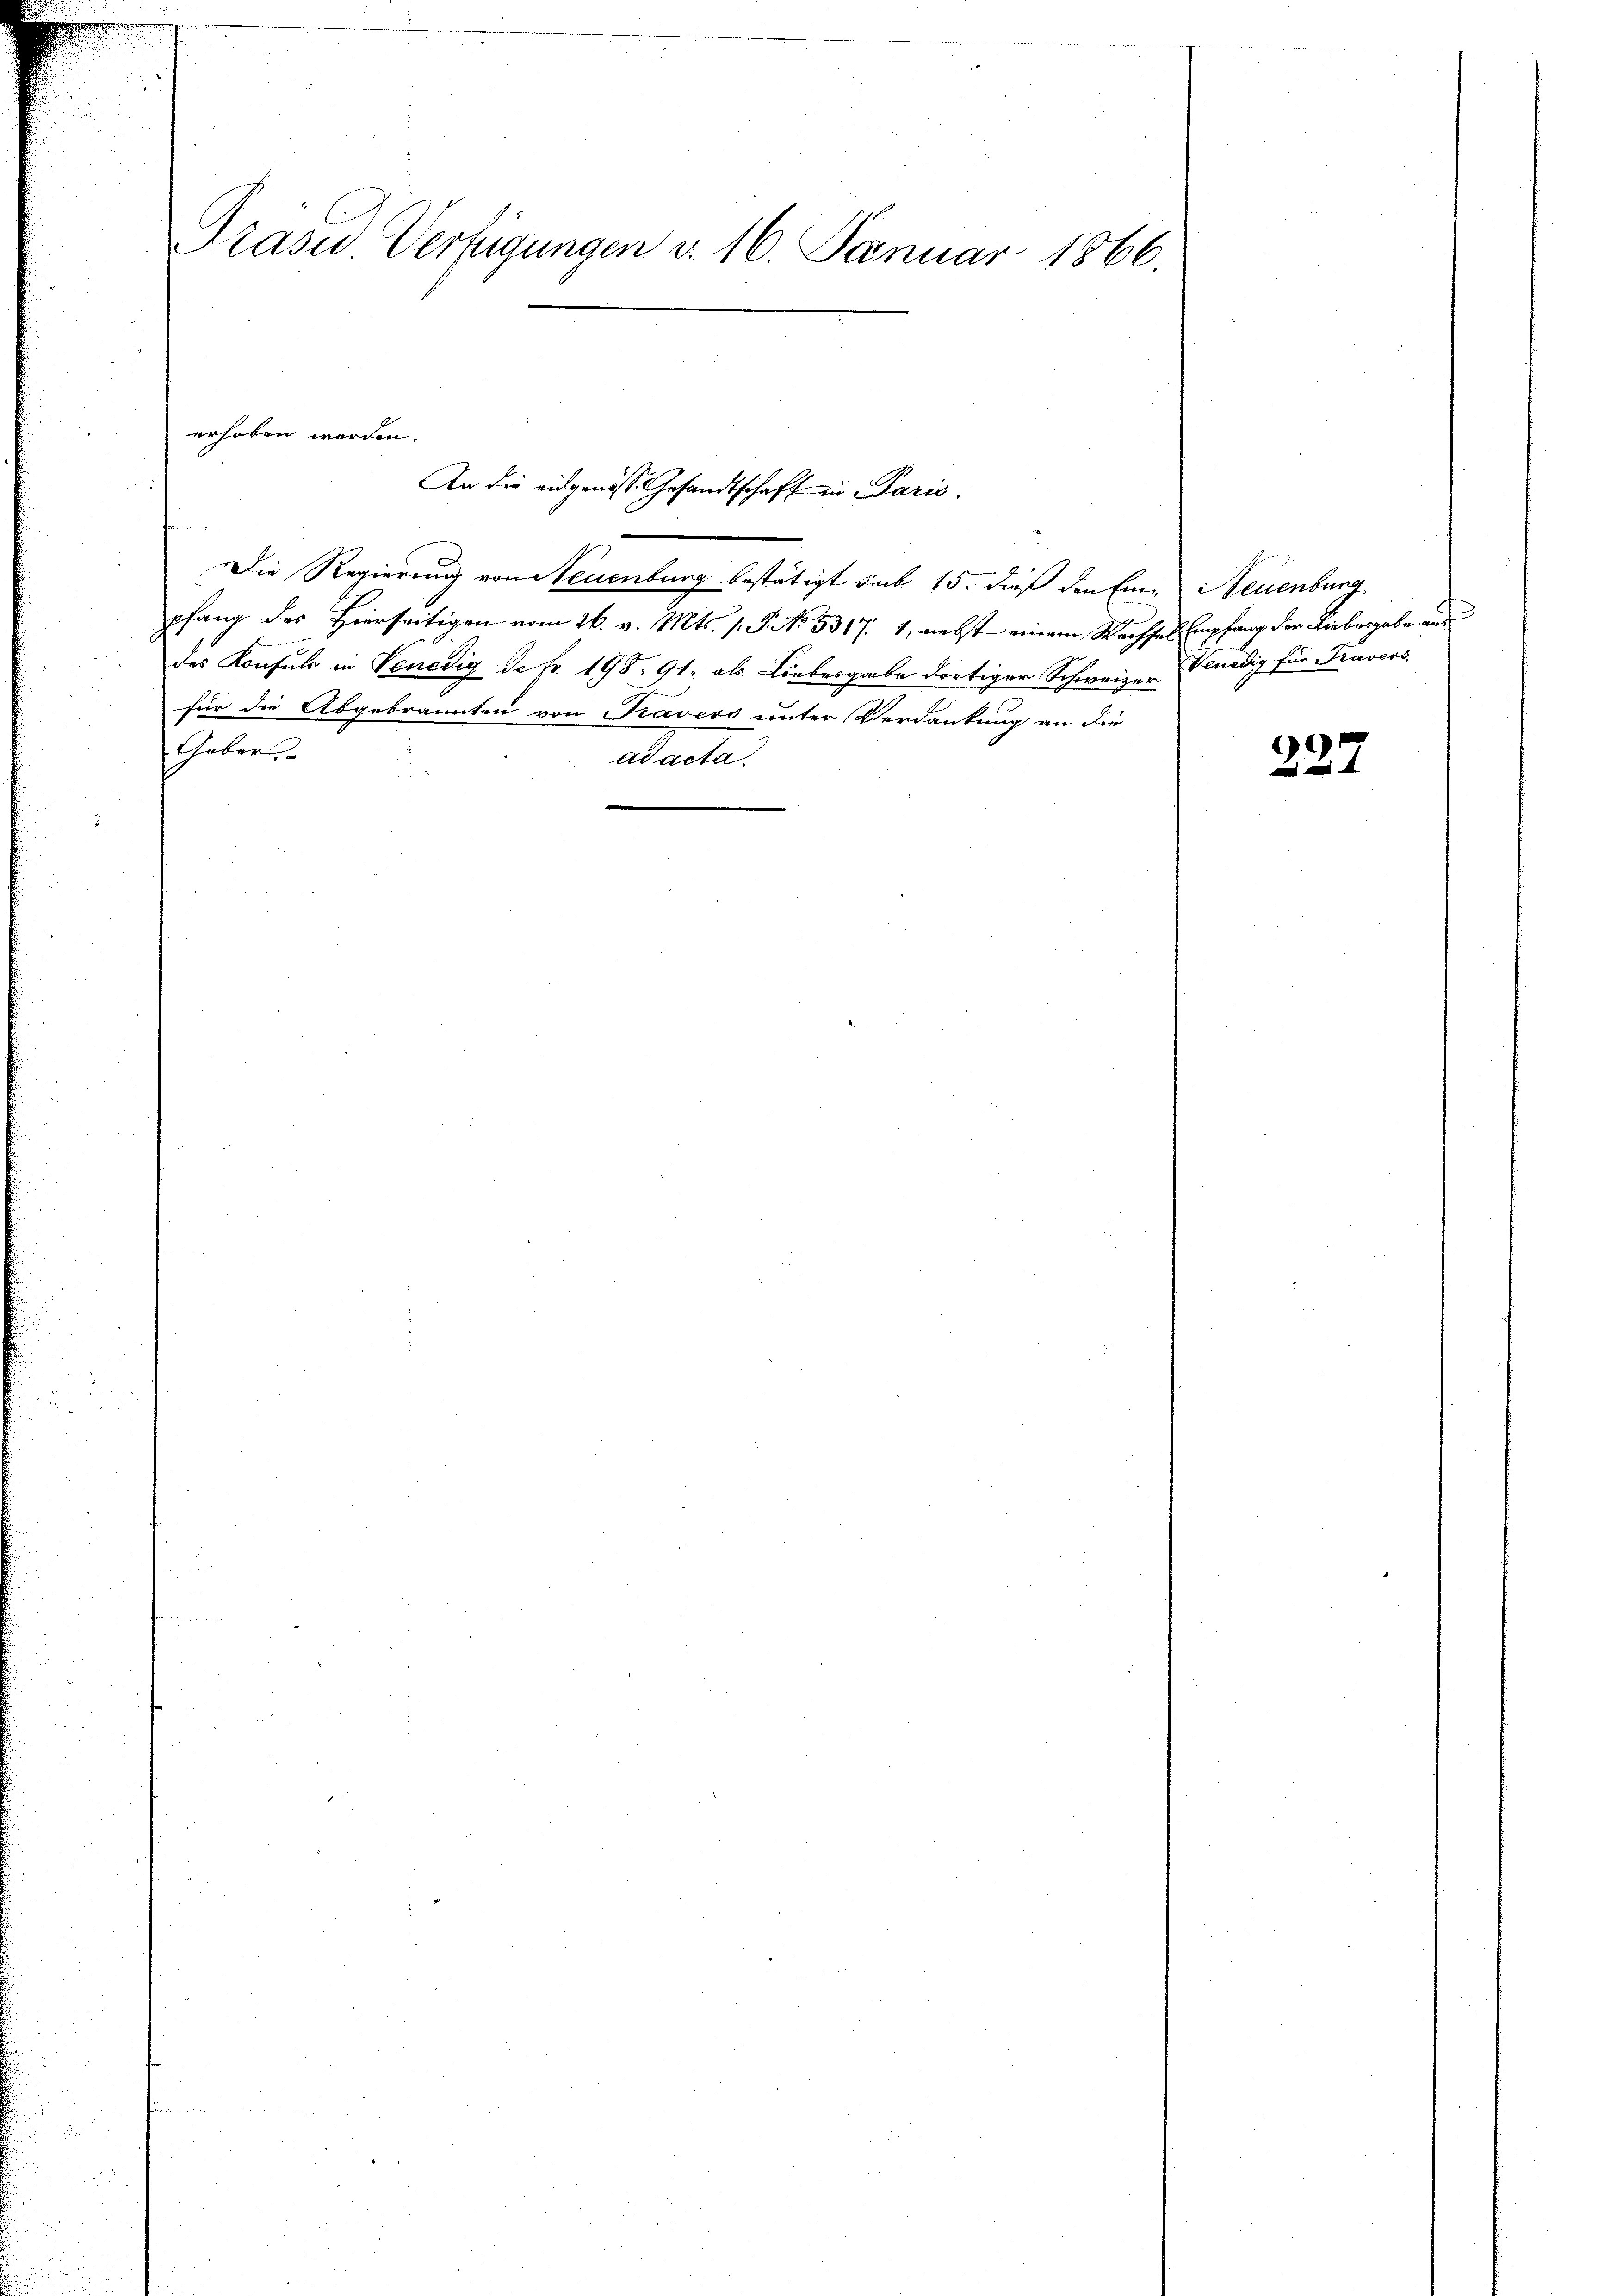
Präsid. Verfügungen d. 16. Januar 1866.

erhoben worden.
An die eidgenöss. Gesandtschaft in Paris.

Die Regierung von Neuenburg bestätigt sank. 15. dieß den Einpfang des Hierseitigen vom 26. v. Mts. s. S. No. 5317. 1, nebst einem Wechsel Empfang der Liebergabe aus
des Konsuls in Venedig de fr. 198. 91. als Liebesgabe dortiger Schweizer
für die Abgebrannten von Kavers unter Verdankung an die
Gaber
ad acta.

Neuenburg
Venedig für Tavers

)
4